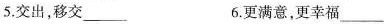
5.交出，移交___ 6.更满意，更幸福___